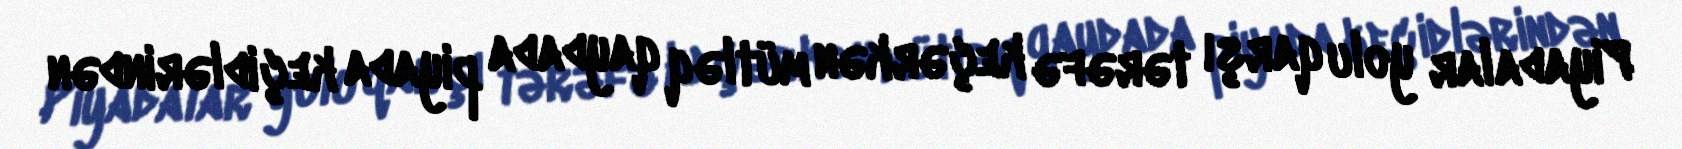
Piyadalar yolu qarşı tərəfə keçərkən mütləq qaydada piyada keçidlərindən